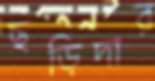
ছড়িদার